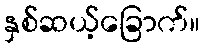
နှစ်ဆယ့်ခြောက်။